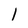
Character: 1